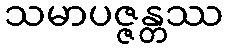
သမာပဇ္ဇန္တဿ